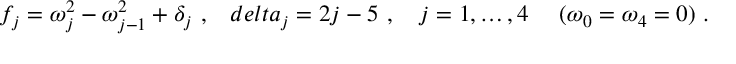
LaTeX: f _ { j } = \omega _ { j } ^ { 2 } - \omega _ { j - 1 } ^ { 2 } + \delta _ { j } \ , \ \ \, d e l t a _ { j } = 2 j - 5 \ , \ \ \ j = 1 , \ldots , 4 \ \ \ \ ( \omega _ { 0 } = \omega _ { 4 } = 0 ) \ .